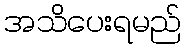
အသိပေးရမည်